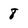
Character: 8